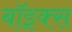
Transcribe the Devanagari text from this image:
बाॅइक्स